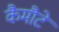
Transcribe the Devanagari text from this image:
कैमौटे